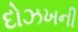
દોઝખની